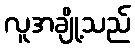
လူအချို့သည်